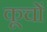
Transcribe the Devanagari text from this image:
कूचों